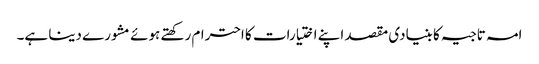
امہ تاجیہ کا بنیادی مقصد اپنے اختیارات کا احترام رکھتے ہوئے مشورے دینا ہے۔